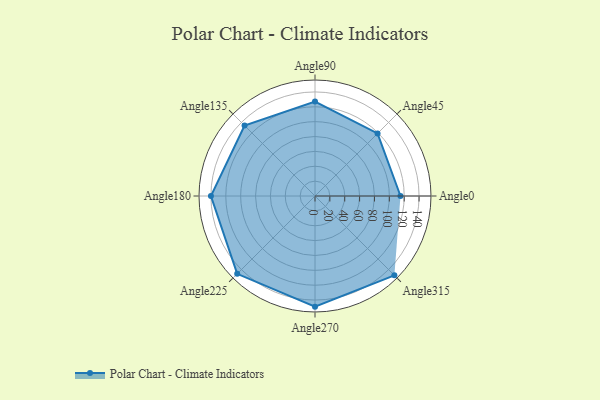
{"axis": {"x": "Angle", "y": "Radius"}, "legend": [""], "data": [{"x": "Angle0", "y": 115.0, "type": ""}, {"x": "Angle45", "y": 119.0, "type": ""}, {"x": "Angle90", "y": 127.0, "type": ""}, {"x": "Angle135", "y": 134.0, "type": ""}, {"x": "Angle180", "y": 140.0, "type": ""}, {"x": "Angle225", "y": 148.0, "type": ""}, {"x": "Angle270", "y": 149.0, "type": ""}, {"x": "Angle315", "y": 151.0, "type": ""}]}